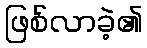
ဖြစ်လာခဲ့၏